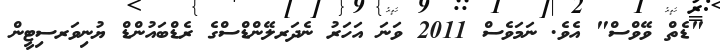
"ޑެތް ވޭވްސް" އެވެ. ނަމަވެސް 2011 ވަނަ އަހަރު ނެދަރލޭންޑްސްގެ ރެޑްބައުންޑް ޔުނިވަރސިޓީން